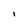
Character: I